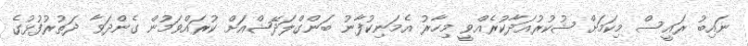
ނައިބު ރައީސް މިކަމަށް ޝުކުރުއަދާކުރެއްވީ މިހާރު އެމަނިކުފާނު ބަންގްލަދޭޝްއަށް ކުރައްވަމުން ގެންދަވާ ދަތުރުފުޅުގެ